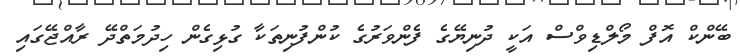
ބޭންކް އޮފް މޯލްޑިވްސް އަކީ ދުނިޔޭގެ ފެންވަރުގެ ކުންފުނިތަކާ ގުޅިގެން ހިދުމަތްދޭ ރާއްޖޭގައި